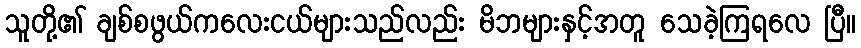
သူတို့၏ ချစ်စဖွယ်ကလေးငယ်များသည်လည်း မိဘများနှင့်အတူ သေခဲ့ကြရလေ ပြီ။